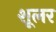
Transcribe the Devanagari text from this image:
शूलर